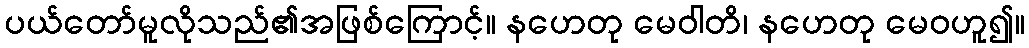
ပယ်တော်မူလိုသည်၏အဖြစ်ကြောင့်။ နဟေတု မေဝါတိ၊ နဟေတု မေဝဟူ၍။